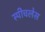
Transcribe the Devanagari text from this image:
स्‍पीचलेस